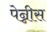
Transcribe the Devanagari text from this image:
पेन्नीस